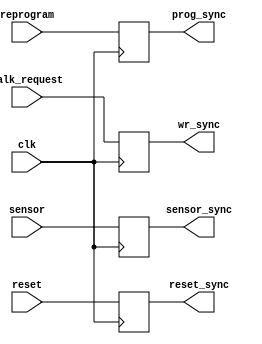

module synchronizer(clk,reset,sensor,walk_request,reprogram,reset_sync,sensor_sync,wr_sync,prog_sync);

input clk,reset,sensor,walk_request,reprogram;
output reg reset_sync,sensor_sync,wr_sync,prog_sync;

always @(negedge clk)
begin

	reset_sync = reset;
	sensor_sync = sensor;
	wr_sync = walk_request;
	prog_sync = reprogram;
	
	//$display("***%b",wr_sync);

end


endmodule